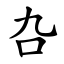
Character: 叴